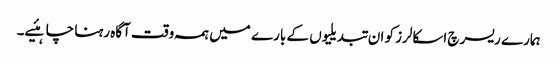
ہمارے ریسرچ اسکالرز کو ان تبدیلیوں کے بارے میں ہمہ وقت آگاہ رہنا چاہئیے۔